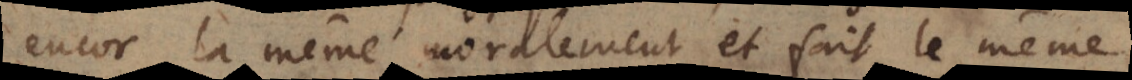
encor la même moralement et fait le même